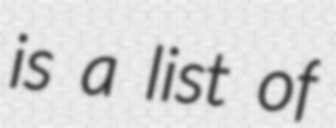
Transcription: is a list of